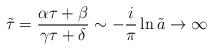
LaTeX: \begin{align*}\tilde{\tau}=\frac{\alpha \tau + \beta}{\gamma \tau + \delta} \sim -\frac{i}{\pi} \ln \tilde{a} \rightarrow \infty\end{align*}